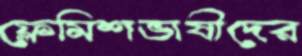
ফ্লেমিশভাষীদের